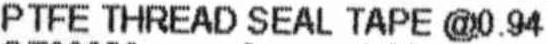
PTFE THREAD SEAL TAPE @0.94